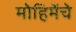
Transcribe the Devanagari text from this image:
मोहिमेंचे